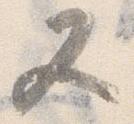
又